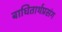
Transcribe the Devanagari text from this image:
बाधितार्थप्रसंग